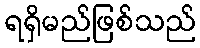
ရရှိမည်ဖြစ်သည်